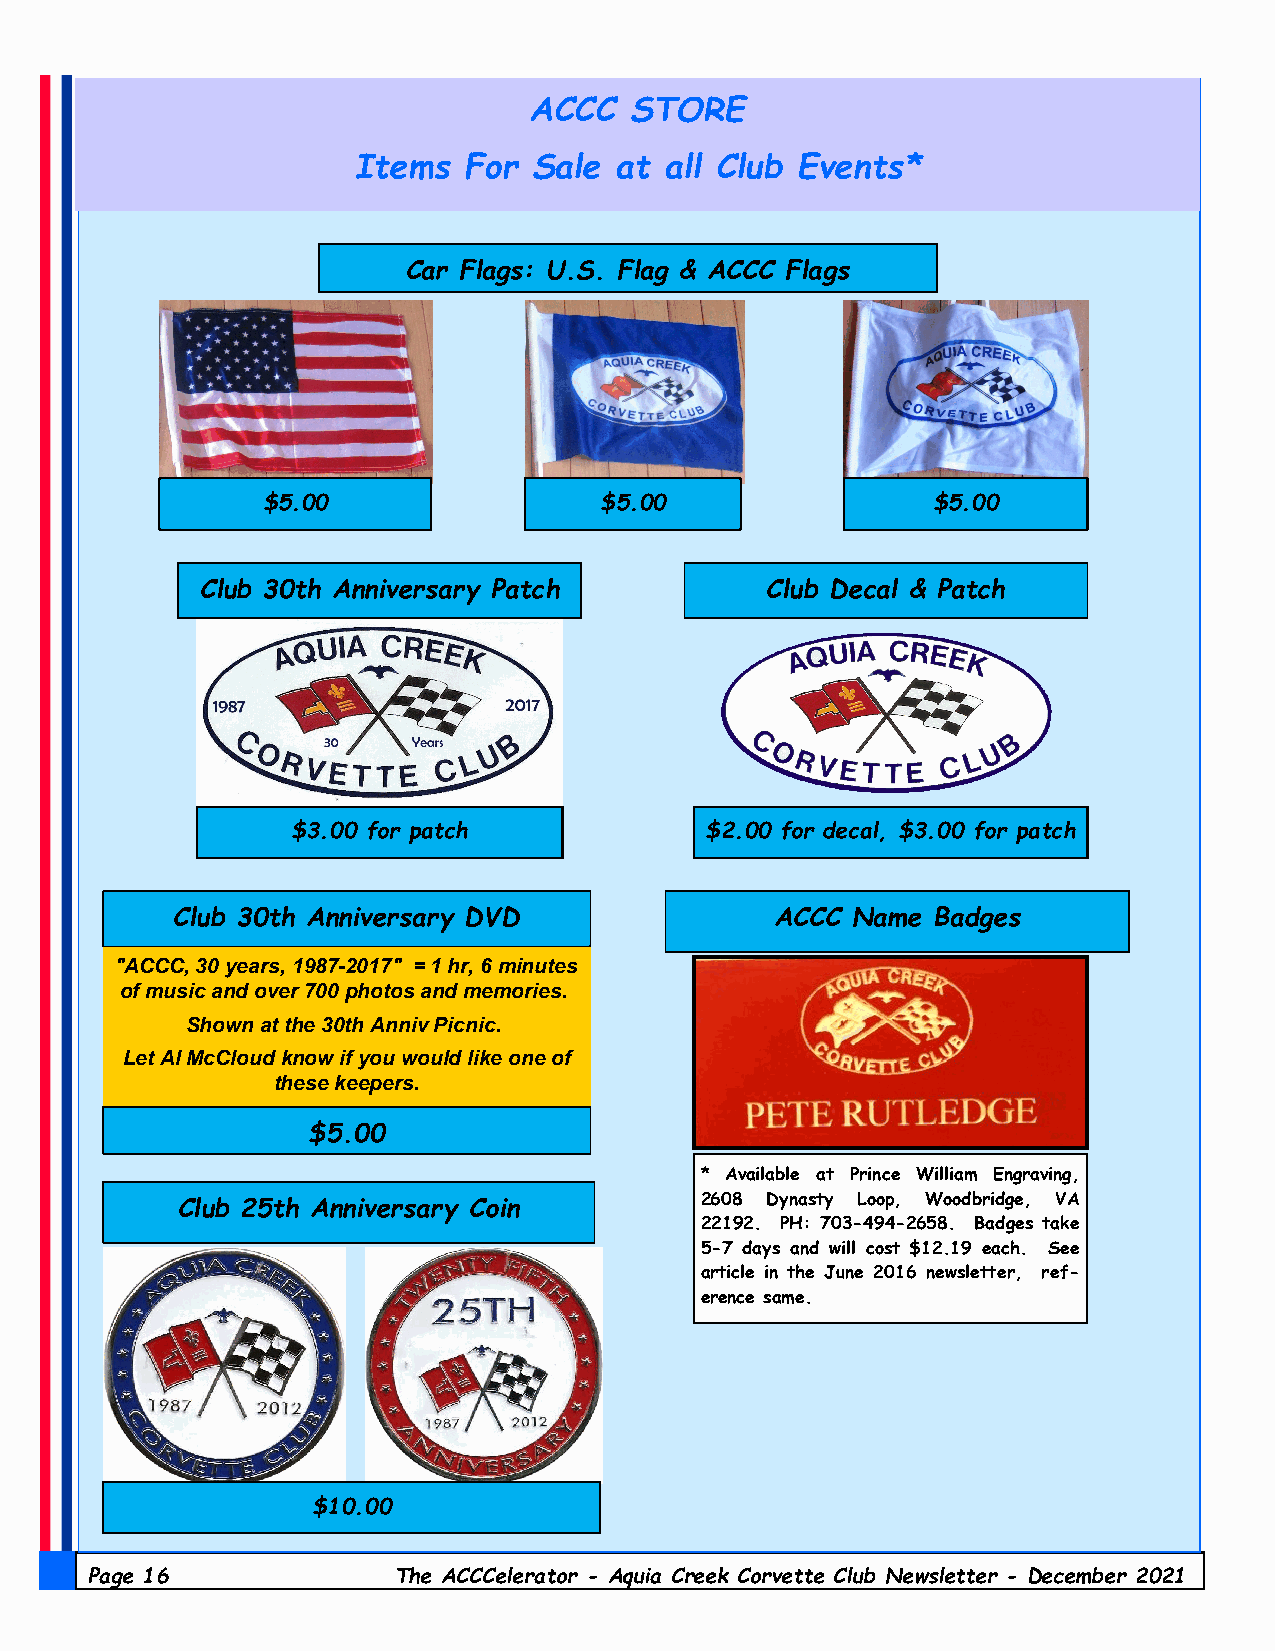
ACCC   STORE
 Items   For Sale  at all Club Events*
 Car Flags: U.S. Flag & ACCC Flags
 $5.00                  $5.00                 $5.00
 Club 30th Anniversary Patch           Club Decal & Patch
 $3.00 for patch             $2.00 for decal, $3.00 for patch
 Club 30th Anniversary DVD               ACCC Name  Badges
 "ACCC, 30 years, 1987-2017" = 1 hr, 6 minutes
 of music and over 700 photos and memories.
 Shown at the 30th Anniv Picnic.
 Let Al McCloud know if you would like one of
 these keepers.
 $5.00
 * Available at Prince William Engraving,
 Club 25th Anniversary Coin        2608 Dynasty Loop, Woodbridge, VA
 22192. PH: 703-494-2658. Badges take
 5-7 days and will cost $12.19 each. See
 article in the June 2016 newsletter, ref-
 erence same.
 $10.00
 Page 16             The ACCCelerator - Aquia Creek Corvette Club Newsletter - December 2021